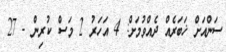
ސަންއަށް ޚަބަރެއް ދެއްވުމަށް: 4 އަހަރު 2 މަސް ކުރިން - 27